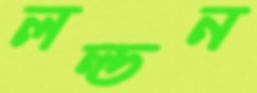
লল্ডন